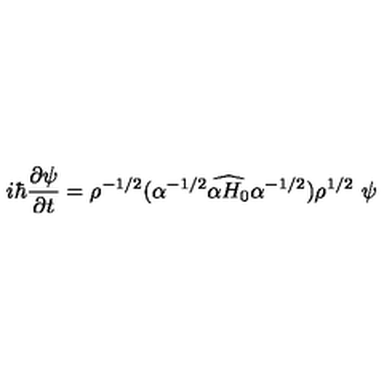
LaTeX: i \hbar \frac { \partial \psi } { \partial t } = { \rho } ^ { - 1 / 2 } ( \alpha ^ { - 1 / 2 } \widehat { \alpha H _ { 0 } } \alpha ^ { - 1 / 2 } ) { \rho } ^ { 1 / 2 } \ \psi